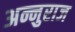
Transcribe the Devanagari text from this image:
अन्नुराज